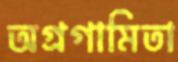
অগ্রগামিতা